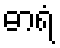
ဓာရံ